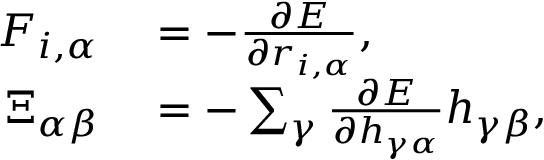
\begin{array} { r l } { F _ { i , \alpha } } & { { } = - \frac { \partial E } { \partial r _ { i , \alpha } } , } \\ { \Xi _ { \alpha \beta } } & { { } = - \sum _ { \gamma } \frac { \partial E } { \partial h _ { \gamma \alpha } } h _ { \gamma \beta } , } \end{array}